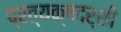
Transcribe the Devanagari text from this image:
प्रत्‍यक्षदर्शी